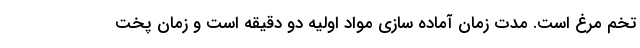
تخم مرغ است. مدت زمان آماده سازی مواد اولیه دو دقیقه است و زمان پخت